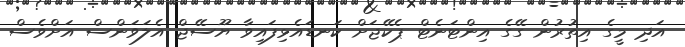
އަދި މީގެ އިތުރުން ގޭގެ އިންޓަނެޓް ޕެކޭޖަށް ކަނޑައެޅިފައިވާ ޔޫސޭޖް އެލަވަންސް އަށްވެސް